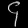
Digit: ၄